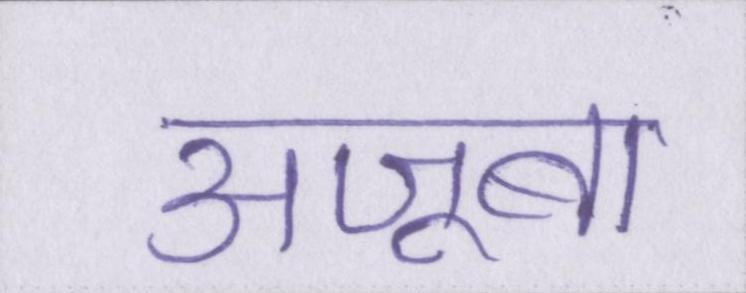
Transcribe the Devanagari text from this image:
अजूबा